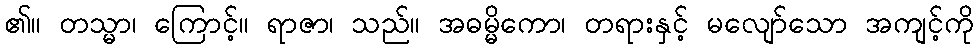
၏။ တသ္မာ၊ ကြောင့်။ ရာဇာ၊ သည်။ အဓမ္မိကော၊ တရားနှင့် မလျော်သော အကျင့်ကို